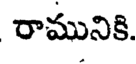
రామునికి.